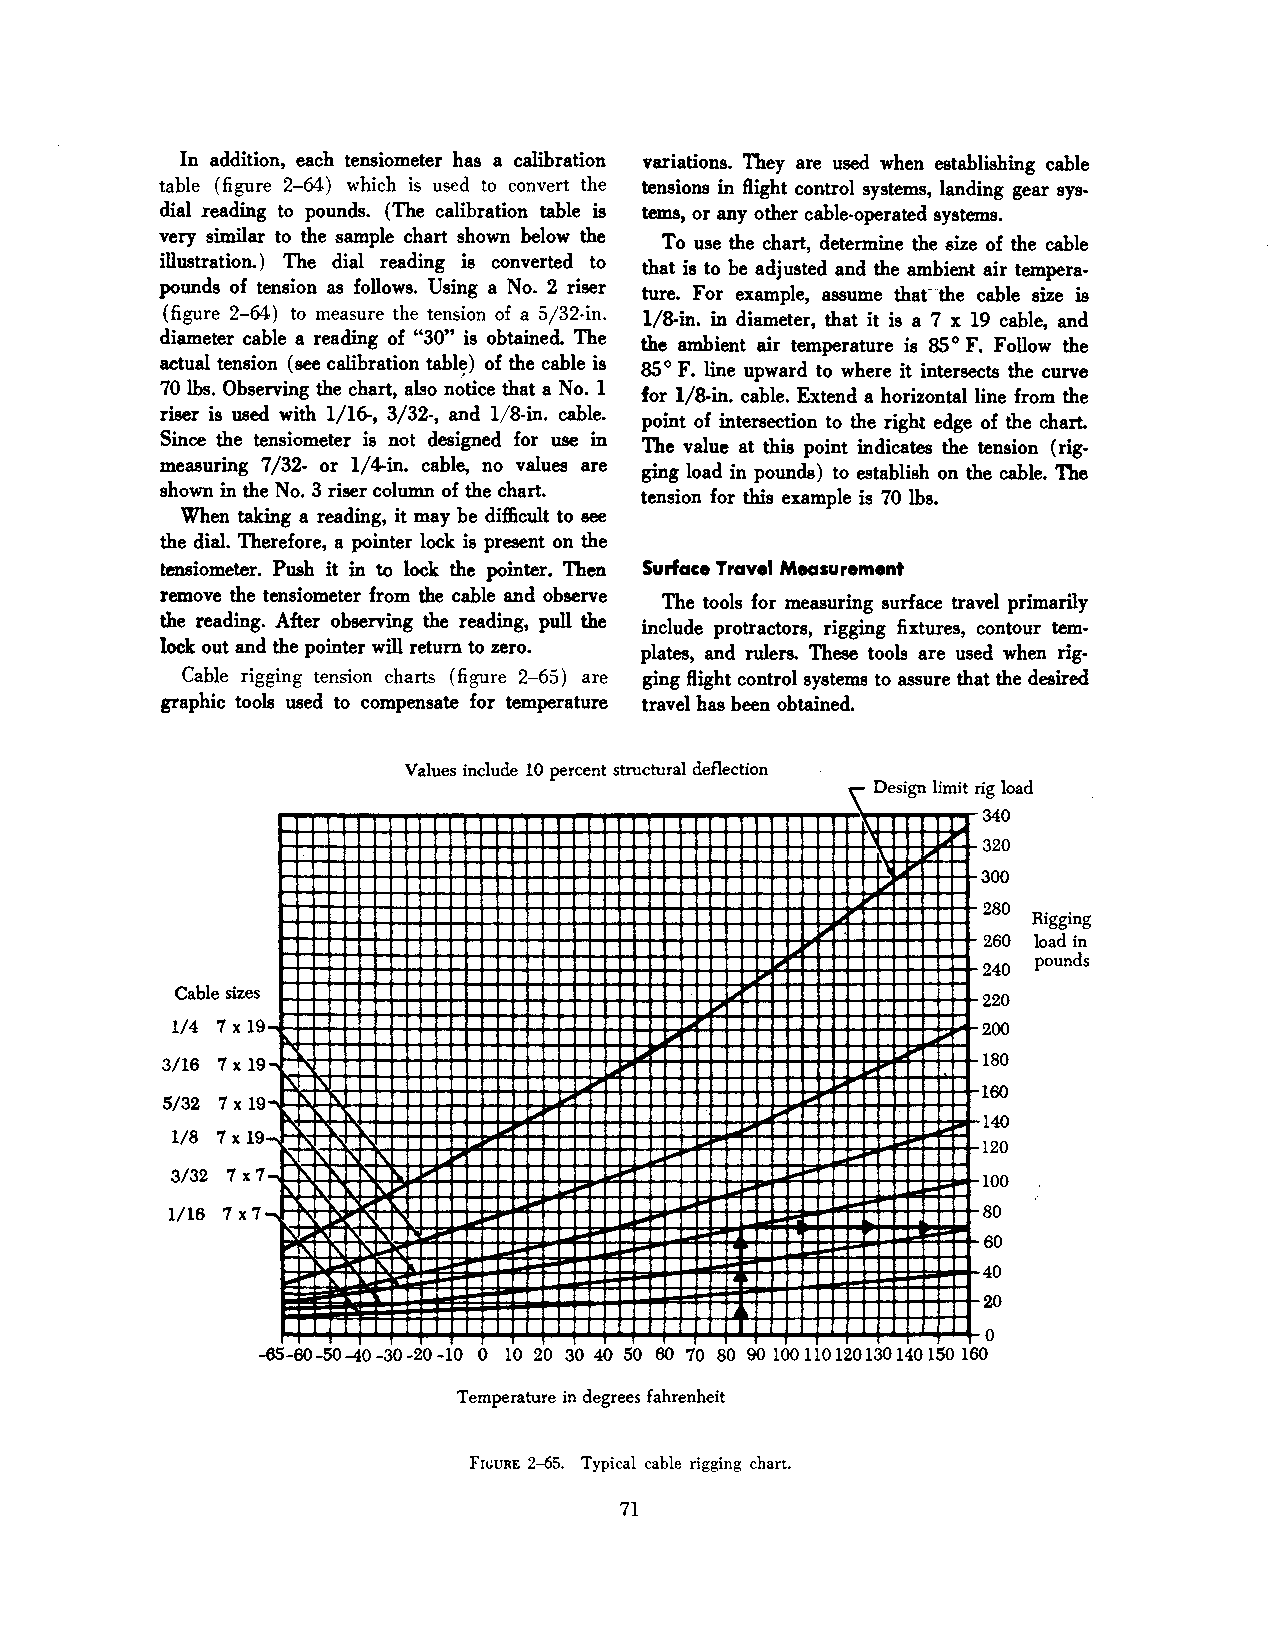
In addition, each tensiometer has a calibration variations. They are used when establishing cable
 table (figure 2-64) which is used to convert the tensions in flight control systems, landing gear sys
 dial reading to pounds. (The calibration table is tems, or any other cable-operated systems.
 very similar to the sample chart shown below the
 To use the chart, determine the size of the cable
 illustration.) The dial reading is converted to that is to be adjusted and the ambient air tempera
 pounds of tension as follows. Using a No. 2 riser
 ture. For example, assume that"the cable size is
 (figure 2-64) to measure the tension of a 5/32-in.
 1/8-in. in diameter, that it is a 7 x 19 cable, and
 diameter cable a reading of "30" is obtained. The
 the ambient air temperature is 85° F. Follow the
 actual tension (see calibration tablt;) of the cable is 85 ° F. line upward to where it intersects the curve
 70 lbs. Observing the chart, also notice that a No. 1
 for 1/8-in. cable. Extend a horizontal line from the
 riser is used with 1/16-, 3/32-, and 1/8-in. cable.
 point of intersection to the right edge of the chart.
 Since the tensiometer is not designed for use in
 The value at this point indicates the tension (rig
 measuring 7/32- or 1/4 -in. cable, no values are
 ging load in pounds) to establish on the cable. The
 shown in the No. 3 riser column of the chart.
 tension for this example is 70 lbs.
 When taking a reading, it may be difficult to see
 the dial. Therefore, a pointer lock is present on the
 tensiometer. Push it in to lock the pointer. Then Surface Travel Measurement
 remove the tensiometer from the cable and observe
 The tools for measuring surface travel primarily
 the reading. After observing the reading, pull the include protractors, rigging fixtures, contour tem
 lock out and the pointer will return to zero. plates, and rulers. These tools are used .w hen rig
 Cable rigging tension charts (figure 2-65) are ging flight control systems to assure that the desired
 graphic tools used to compensate for temperature travel has been obtained.
 Values include 10 percent structural deflection
 \
 De s1· gn Il'f fil' t n' g load
 340
 320
 300
 1.1'
 280 Rigging
 260 load in
 240 pounds
 Cable sizes
 220
 1/4 7 X 19                                           200
 3/16 7 X 19                                           180
 160
 5/32 7 X 19 1'1..
 140
 1/8 7 X 19                                           120
 1'1 1'\ ~                            ~
 3/32 7x7    I'                                       100
 1/16 7x7     ~                               l.oo     80
 60
 ~
 40
 20
 0
 -65-60-50-40 -30 -20 -10 0 10 20 30 40 50 60 70 80 90 100 110 120130 140 150 160
 Temperature in degrees fahrenheit
 Fn.;uRE 2-65. Typical cable rigging chart.
 7l